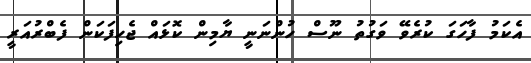
އެކަމު ފާހަގަ ކުރެވޭ ވަގުތު ނޫސް ހުންނަނީ ޔާމިން ކޮޅައް ޖެހިފަކަން ފެބްރުއަރީ